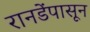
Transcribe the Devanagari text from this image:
रानडेंपासून